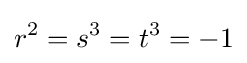
r^{2}=s^{3}=t^{3}=-1